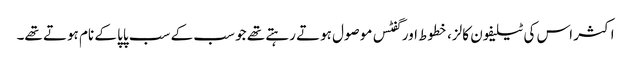
اکثر اس کی ٹیلیفون کالز، خطوط اور گفٹس موصول ہوتے رہتے تھے جو سب کے سب پاپا کے نام ہوتے تھے۔